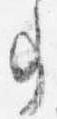
事